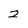
Character: 2